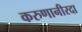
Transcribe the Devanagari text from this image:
करुणानीरदा